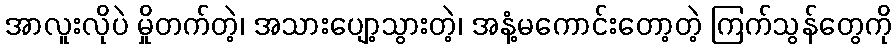
အာလူးလိုပဲ မှိုတက်တဲ့၊ အသားပျော့သွားတဲ့၊ အနံ့မကောင်းတော့တဲ့ ကြက်သွန်တွေကို